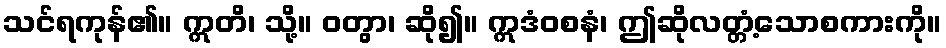
သင်ရကုန်၏။ ဣတိ၊ သို့။ ဝတွာ၊ ဆို၍။ ဣဒံဝစနံ၊ ဤဆိုလတ္တံ့သောစကားကို။